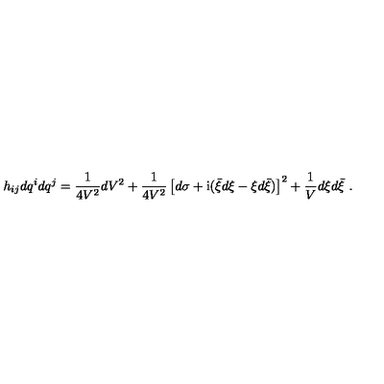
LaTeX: h _ { i j } d q ^ { i } d q ^ { j } = \frac { 1 } { 4 V ^ { 2 } } d V ^ { 2 } + \frac { 1 } { 4 V ^ { 2 } } \left[ d \sigma + \mathrm { i } ( \bar { \xi } d \xi - \xi d \bar { \xi } ) \right] ^ { 2 } + \frac { 1 } { V } d \xi d \bar { \xi } \ .